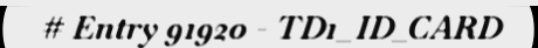
# Entry 91920 - TD1_ID_CARD